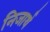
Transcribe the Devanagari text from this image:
निजार्थ